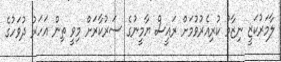
ލާމަރުކަޒީ ނިޒާމު ކުރިއެރުވުމަށް ރައީސް ޔާމީނުގެ ސަރުކާރަށް މިވީ ތިން އަހަރު ދުވަހުގެ